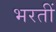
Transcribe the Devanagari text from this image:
भरतीं